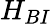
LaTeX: H_{BI}